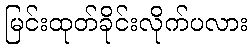
မြင်းထုတ်ခိုင်းလိုက်ပလား